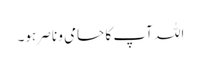
اللہ آپ کا حامی و ناصر ہو۔